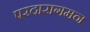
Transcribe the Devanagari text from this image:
परदारागमन